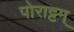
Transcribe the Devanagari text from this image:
पोराट्टम्